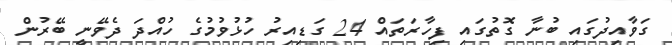
ގަވާއިދުގައި ބުނާ ގޮތުގައި ފިހާރަތައް 24 ގަޑިއިރު ހުޅުވުމުގެ ހުއްދަ ދެވޭނީ ބޭރުން